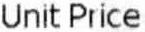
UNIT PRICE